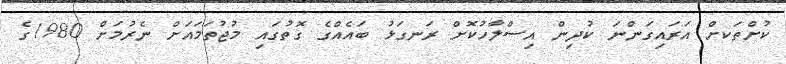
ކުށްތަަކށް އަރައިގަންނަ ކުދިން އިސްލާހުކޮށް ރަނގަޅު ބައެއްގެ ގޮތުގައި މުޖުތަމައަށް ނެރުމަށް 1980ގެ